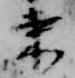
束